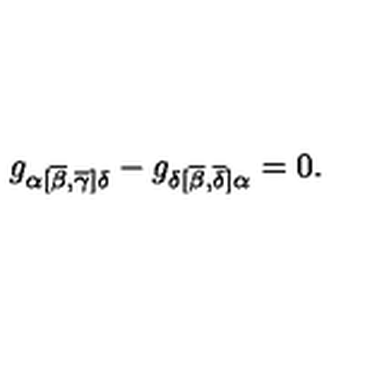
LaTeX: g _ { \alpha [ \overline { { \beta } } , \overline { { \gamma } } ] \delta } - g _ { \delta [ \overline { { \beta } } , \overline { { \delta } } ] \alpha } = 0 .